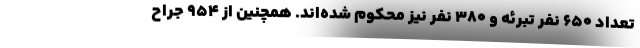
تعداد ۶۵۰ نفر تبرئه و ۳۸۰ نفر نیز محکوم شده‌اند. همچنین از ۹۵۴ جراح